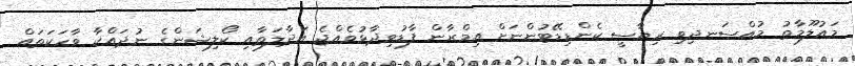
މައުލޫމާތު މުއްސަނދިވި ރިޔާސީ ކެންޑިޑޭޓުންނަށް އިމްރާން ފާޑުވިދާޅުވެއްޖެ އަދާލަތާއި ކޯލިޝަންގެ ނުދައްކާ ވާހަކަތައް